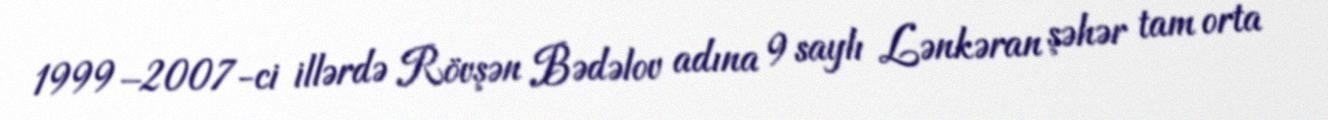
1999–2007-ci illərdə Rövşən Bədəlov adına 9 saylı Lənkəran şəhər tam orta